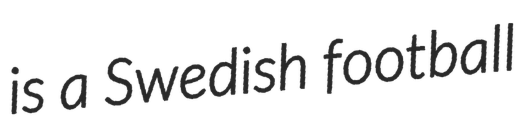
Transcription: is a Swedish football